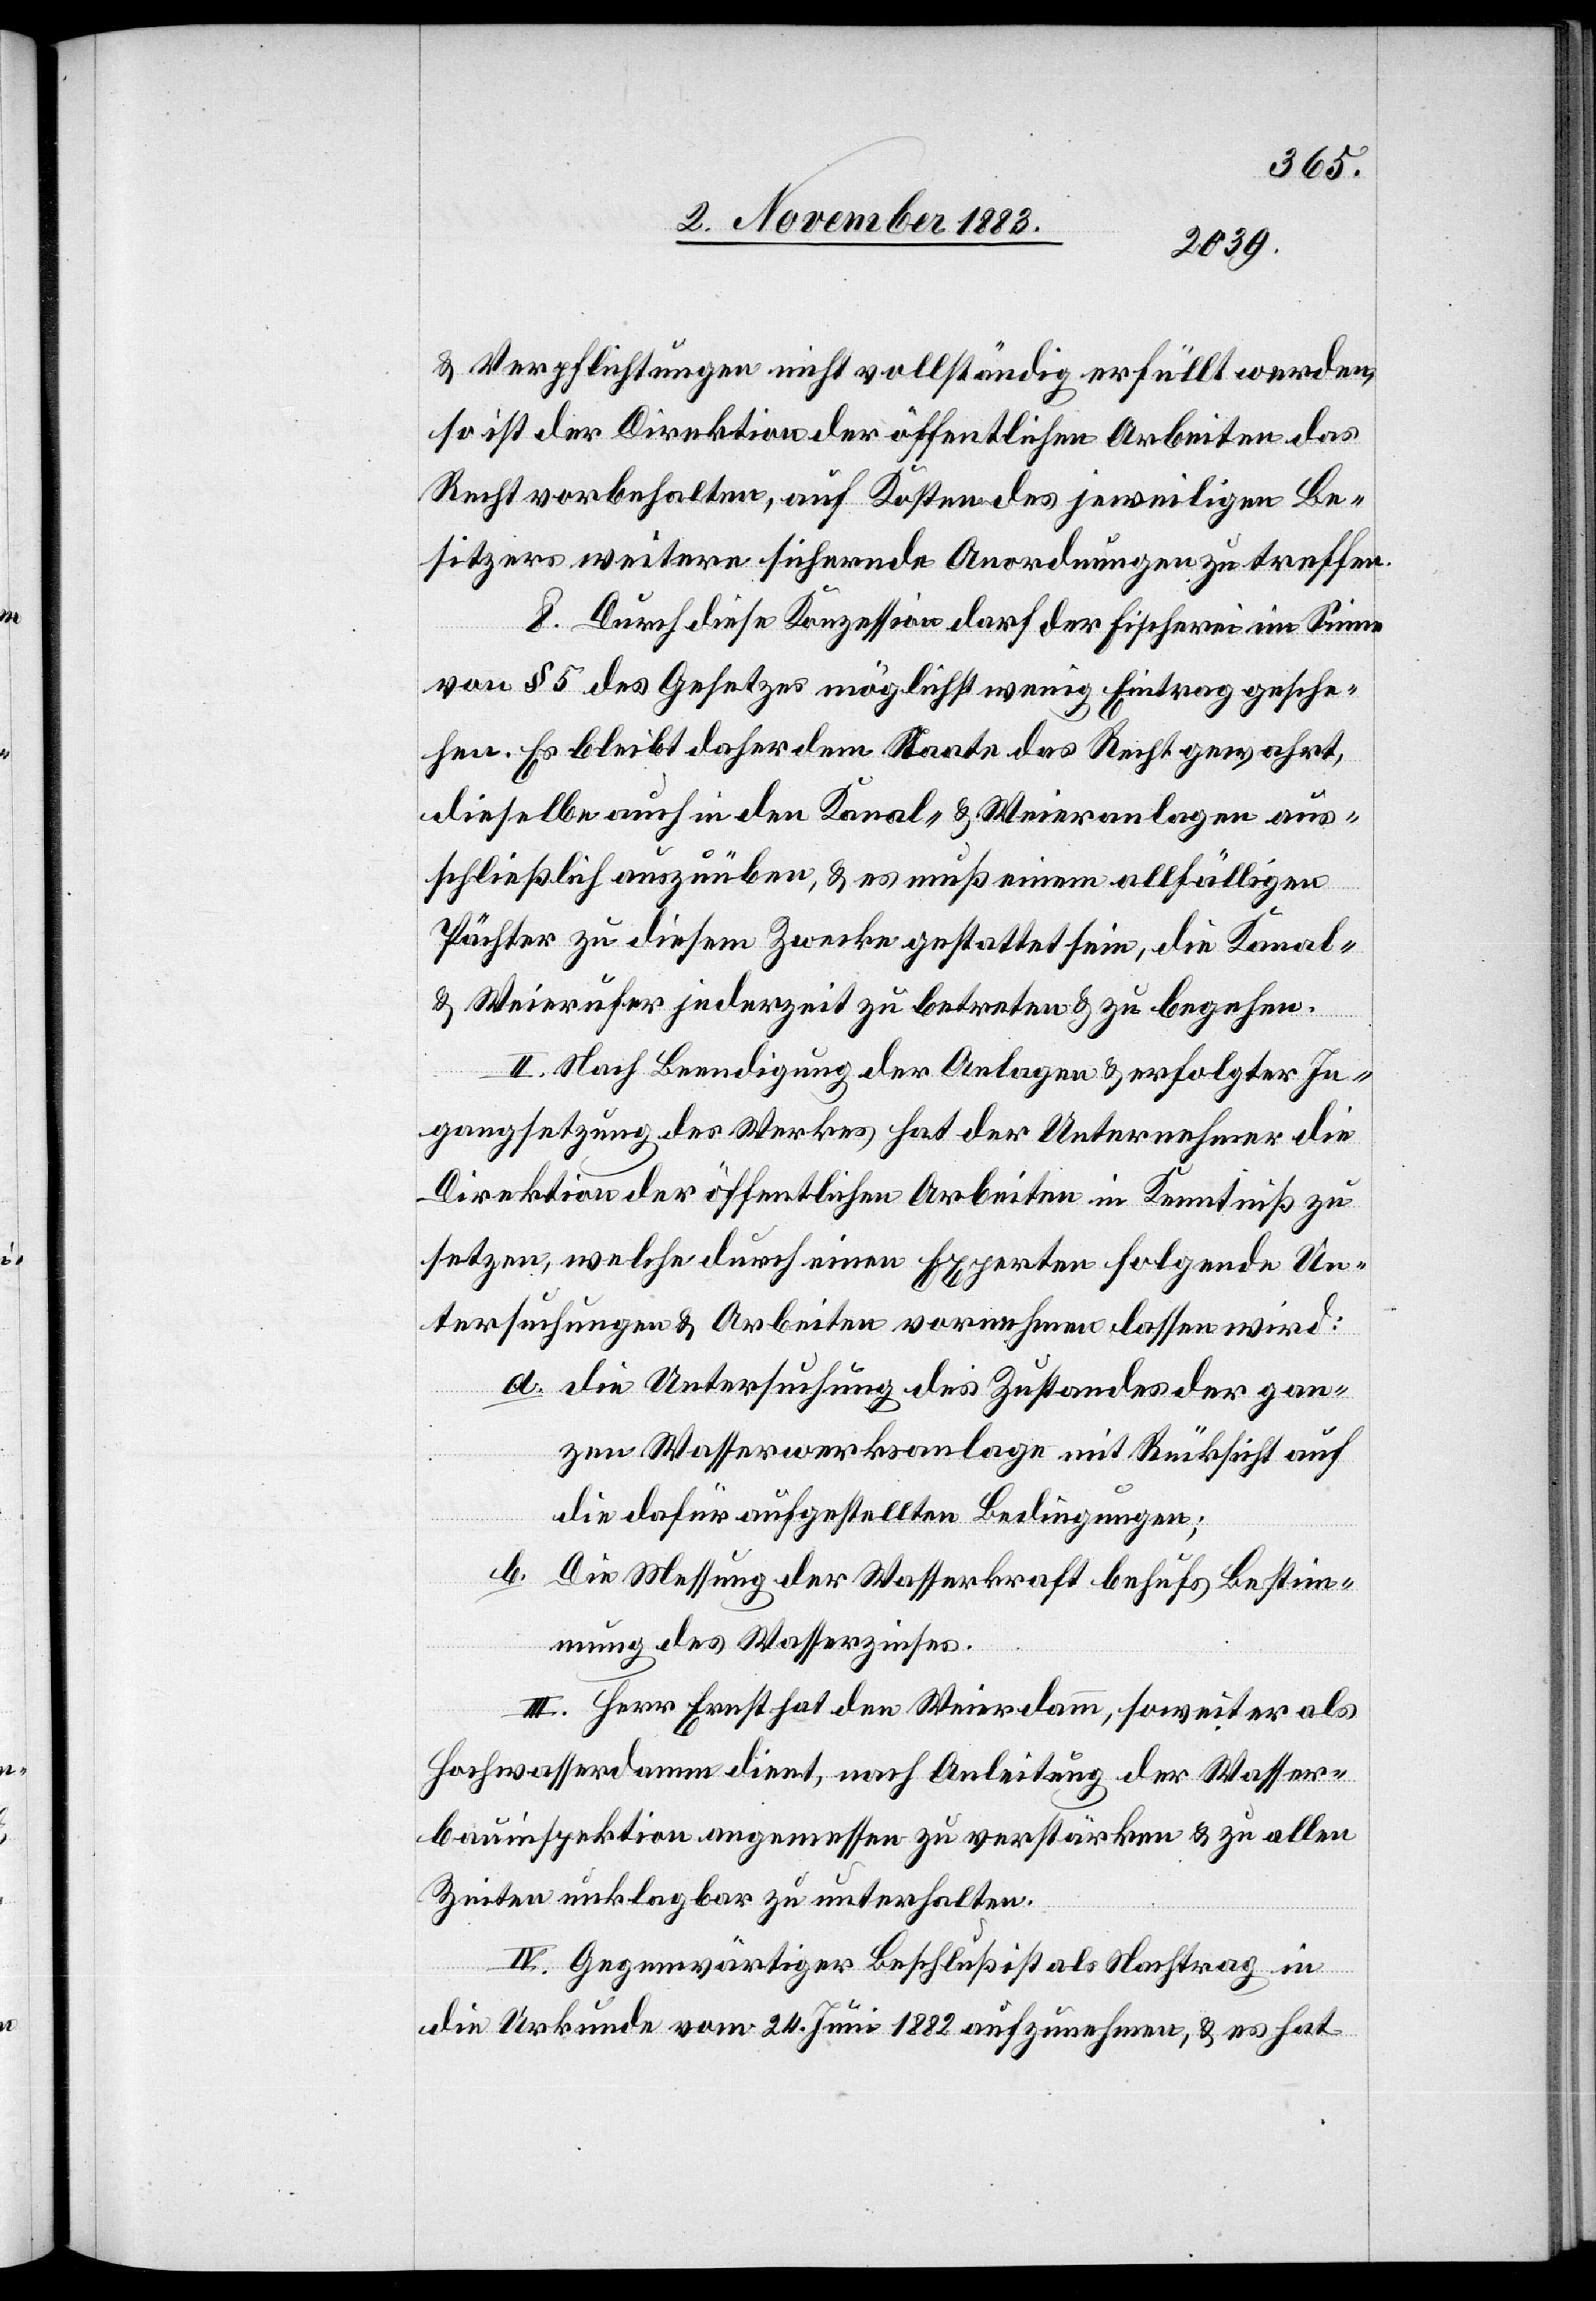
& Verpflichtungen nicht vollständig erfüllt werden,
so ist der Direktion der öffentlichen Arbeiten das
Recht vorbehalten, auf Kosten des jeweiligen Be¬
sitzers weitere sichernde Anordnungen zu treffen.
pektion
8. Durch diese Konzession darf der Fischerei im Sinne
von § 5 des Gesetzes möglichst wenig Eintrag gesche¬
hen. Es bleibt daher dem Staate das Recht gewahrt,
dieselbe auch in den Kanal- & Weieranlagen aus¬
schließlich auszuüben, & es muß einem allfälligen
Pächter zu diesem Zwecke gestattet sein, die Kanal-
& Weierufer jederzeit zu betreten & zu begehen.
II. Nach Beendigung der Anlagen & erfolgter In¬
gangsetzung des Werkes hat der Unternehmer die
Direktion der öffentlichen Arbeiten in Kenntniß zu
setzen, welche durch einen Experten folgende Un¬
tersuchungen & Arbeiten vornehmen lassen wird:
a. die Untersuchung des Zustandes der gan¬
zen Wasserwerksanlage mit Rücksicht auf
die dafür aufgestellten Bedingungen;
b. Die Messung der Wasserkraft behufs Bestim¬
mung des Wasserzinses.
III. Herr Ernst hat den Weierdamm, soweit er als
Hochwasserdamm dient nach, Anleitung der Wasser¬
Zeiten unklagbar zu unterhalten.
IV. Gegenwärtiger Beschluß ist als Nachtrag in
die Urkunde vom 24. Juni 1882 aufzunehmen, & es hat